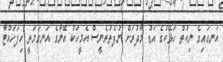
އަނގައިގެ ނިކުތް ހަޅޭކުގެ އަޑު މާދުރަށް ނުފެތުރެނީސް އެމީހަކު އޭނާގެ އަނގަމަތީ ހިފަހައްޓާ